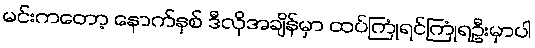
မင်းကတော့ နောက်နှစ် ဒီလိုအချိန်မှာ ထပ်ကြုံရင်ကြုံရဦးမှာပါ